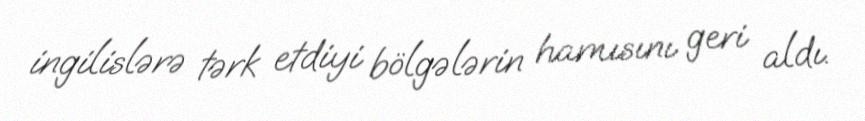
ingilislərə tərk etdiyi bölgələrin hamısını geri aldı.